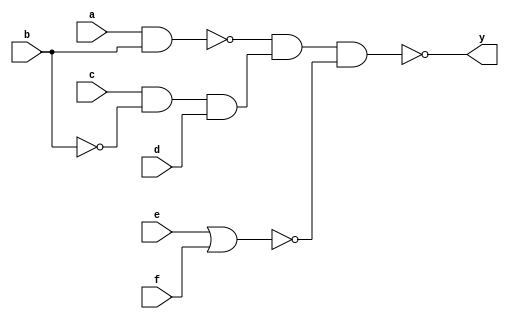
module gates (a,b,c,d,e,f,y);
input a,b,c,d,e,f;
output y;
wire t1,t2,t3;
assign t1 = ~(a&b);
assign t2 = c&~b&d;
assign t3 = ~(e|f);
assign y = ~(t1&t2&t3);
endmodule